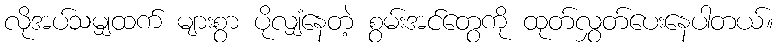
လိုအပ်သမျှထက် များစွာ ပိုလျှံနေတဲ့ စွမ်းအင်တွေကို ထုတ်လွှတ်ပေးနေပါတယ်။